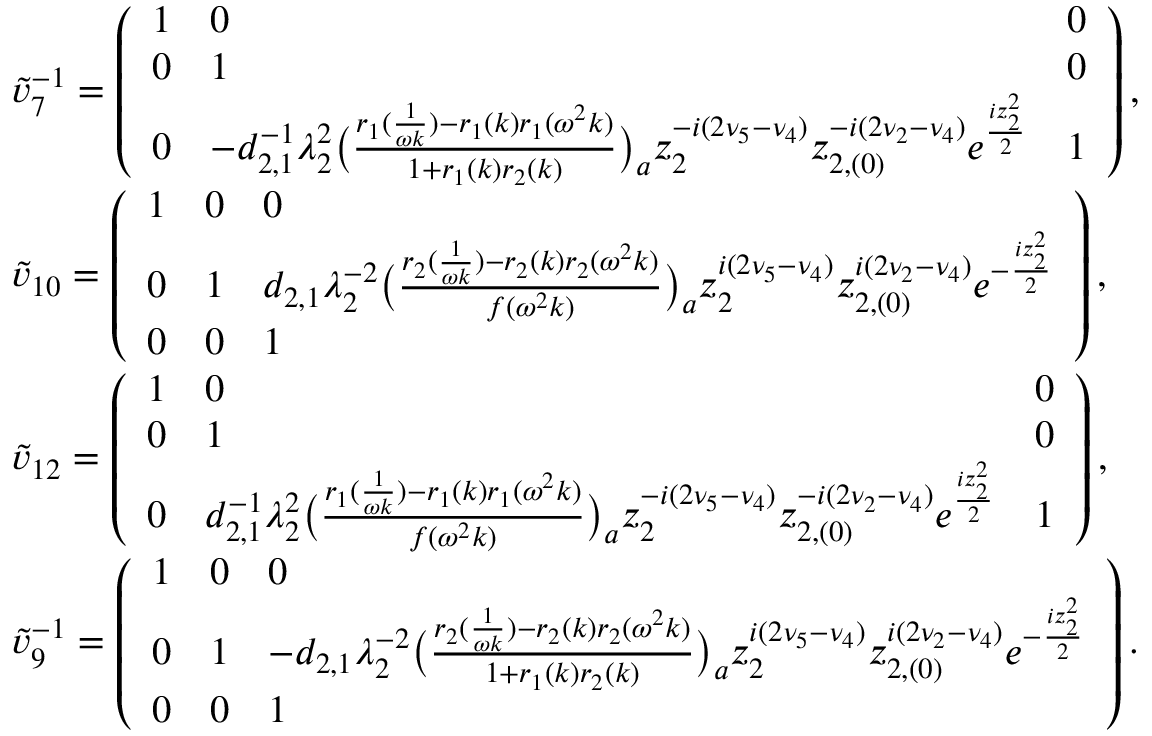
\begin{array} { r l } & { \tilde { v } _ { 7 } ^ { - 1 } = \left( \begin{array} { l l l } { 1 } & { 0 } & { 0 } \\ { 0 } & { 1 } & { 0 } \\ { 0 } & { - d _ { 2 , 1 } ^ { - 1 } \lambda _ { 2 } ^ { 2 } \big ( \frac { r _ { 1 } ( \frac { 1 } { \omega k } ) - r _ { 1 } ( k ) r _ { 1 } ( \omega ^ { 2 } k ) } { 1 + r _ { 1 } ( k ) r _ { 2 } ( k ) } \big ) _ { a } z _ { 2 } ^ { - i ( 2 \nu _ { 5 } - \nu _ { 4 } ) } z _ { 2 , ( 0 ) } ^ { - i ( 2 \nu _ { 2 } - \nu _ { 4 } ) } e ^ { \frac { i z _ { 2 } ^ { 2 } } { 2 } } } & { 1 } \end{array} \right) , } \\ & { \tilde { v } _ { 1 0 } = \left( \begin{array} { l l l } { 1 } & { 0 } & { 0 } \\ { 0 } & { 1 } & { d _ { 2 , 1 } \lambda _ { 2 } ^ { - 2 } \big ( \frac { r _ { 2 } ( \frac { 1 } { \omega k } ) - r _ { 2 } ( k ) r _ { 2 } ( \omega ^ { 2 } k ) } { f ( \omega ^ { 2 } k ) } \big ) _ { a } z _ { 2 } ^ { i ( 2 \nu _ { 5 } - \nu _ { 4 } ) } z _ { 2 , ( 0 ) } ^ { i ( 2 \nu _ { 2 } - \nu _ { 4 } ) } e ^ { - \frac { i z _ { 2 } ^ { 2 } } { 2 } } } \\ { 0 } & { 0 } & { 1 } \end{array} \right) , } \\ & { \tilde { v } _ { 1 2 } = \left( \begin{array} { l l l } { 1 } & { 0 } & { 0 } \\ { 0 } & { 1 } & { 0 } \\ { 0 } & { d _ { 2 , 1 } ^ { - 1 } \lambda _ { 2 } ^ { 2 } \big ( \frac { r _ { 1 } ( \frac { 1 } { \omega k } ) - r _ { 1 } ( k ) r _ { 1 } ( \omega ^ { 2 } k ) } { f ( \omega ^ { 2 } k ) } \big ) _ { a } z _ { 2 } ^ { - i ( 2 \nu _ { 5 } - \nu _ { 4 } ) } z _ { 2 , ( 0 ) } ^ { - i ( 2 \nu _ { 2 } - \nu _ { 4 } ) } e ^ { \frac { i z _ { 2 } ^ { 2 } } { 2 } } } & { 1 } \end{array} \right) , } \\ & { \tilde { v } _ { 9 } ^ { - 1 } = \left( \begin{array} { l l l } { 1 } & { 0 } & { 0 } \\ { 0 } & { 1 } & { - d _ { 2 , 1 } \lambda _ { 2 } ^ { - 2 } \big ( \frac { r _ { 2 } ( \frac { 1 } { \omega k } ) - r _ { 2 } ( k ) r _ { 2 } ( \omega ^ { 2 } k ) } { 1 + r _ { 1 } ( k ) r _ { 2 } ( k ) } \big ) _ { a } z _ { 2 } ^ { i ( 2 \nu _ { 5 } - \nu _ { 4 } ) } z _ { 2 , ( 0 ) } ^ { i ( 2 \nu _ { 2 } - \nu _ { 4 } ) } e ^ { - \frac { i z _ { 2 } ^ { 2 } } { 2 } } } \\ { 0 } & { 0 } & { 1 } \end{array} \right) . } \end{array}